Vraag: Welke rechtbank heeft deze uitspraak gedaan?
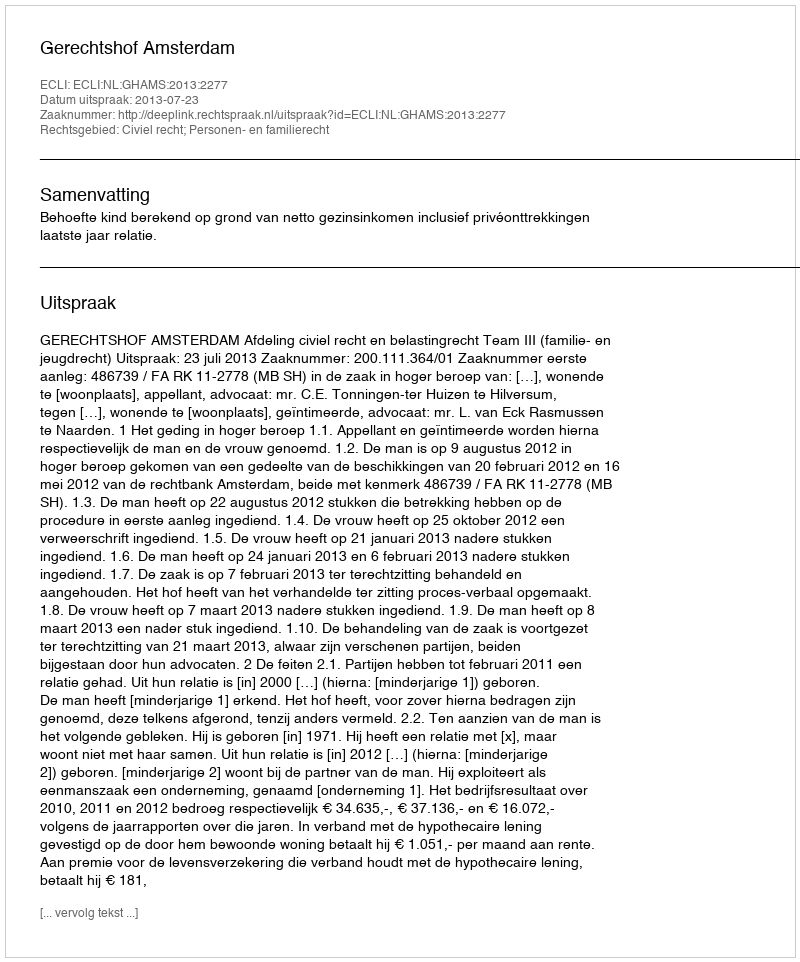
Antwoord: Gerechtshof Amsterdam